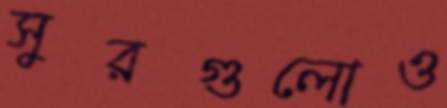
সুরগুলোও